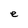
Character: e